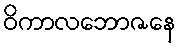
ဝိကာလဘောဇနေ